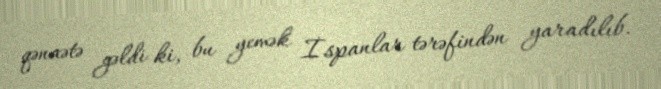
qənaətə gəldi ki, bu yemək İspanlar tərəfindən yaradılıb.